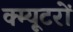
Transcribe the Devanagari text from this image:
क्म्यूटरों